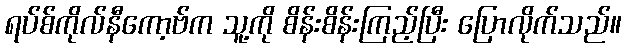
ရပ်စ်ကိုလ်နီကော့ဗ်က သူ့ကို စိန်းစိန်းကြည့်ပြီး ပြောလိုက်သည်။